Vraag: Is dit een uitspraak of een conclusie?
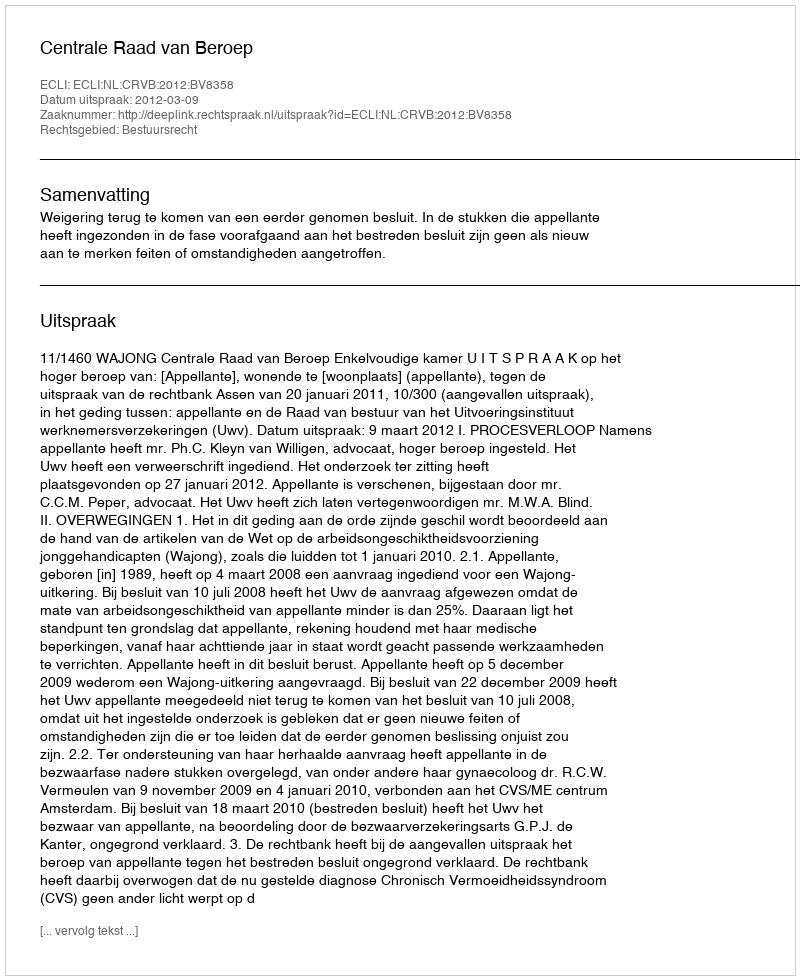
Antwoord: Uitspraak